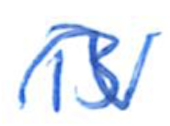
Text: is
Cross-out: wave
Writing tool: ballpoint